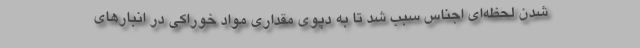
شدن لحظه‌ای اجناس سبب شد تا به دپوی مقداری مواد خوراکی در انبارهای